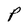
Character: P